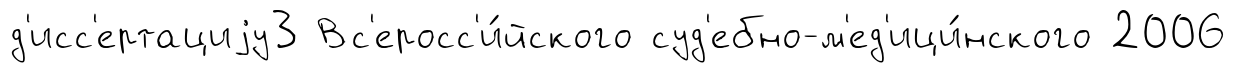
д'исс'ертациjу3 Вс'еросс'и́йского суд'ебно-м'ед'ици́нского 2006